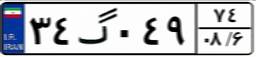
۳۴گ۰۴۹۷۴